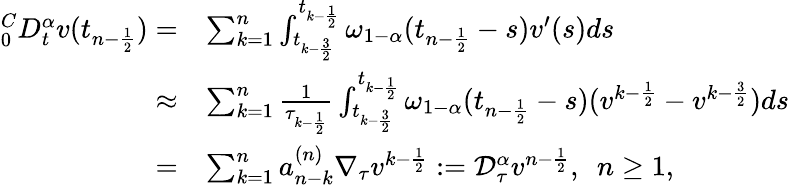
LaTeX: \begin{array}{rl}{_{0}^{C}D_{t}^{\alpha}v(t_{n-\frac{1}{2}})=}&{\sum_{k=1}^{n}\int_{t_{k-\frac{3}{2}}}^{t_{k-\frac{1}{2}}}\omega_{1-\alpha}(t_{n-\frac{1}{2}}-s)v^{\prime}(s)ds}\\ {\approx}&{\sum_{k=1}^{n}\frac{1}{\tau_{k-\frac{1}{2}}}\int_{t_{k-\frac{3}{2}}}^{t_{k-\frac{1}{2}}}\omega_{1-\alpha}(t_{n-\frac{1}{2}}-s)(v^{k-\frac{1}{2}}-v^{k-\frac{3}{2}})ds}\\ {=}&{\sum_{k=1}^{n}a_{n-k}^{(n)}\nabla_{\tau}v^{k-\frac{1}{2}}:=\mathcal{D}_{\tau}^{\alpha}v^{n-\frac{1}{2}},~~n\ge 1,}\end{array}